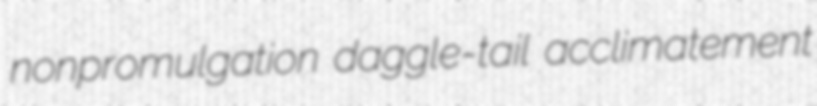
nonpromulgation daggle-tail acclimatement